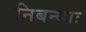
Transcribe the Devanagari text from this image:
निबन्धाः